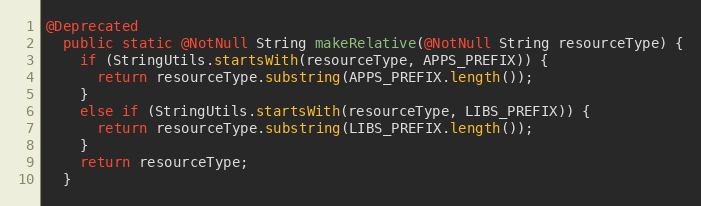
Language: Java
@Deprecated
  public static @NotNull String makeRelative(@NotNull String resourceType) {
    if (StringUtils.startsWith(resourceType, APPS_PREFIX)) {
      return resourceType.substring(APPS_PREFIX.length());
    }
    else if (StringUtils.startsWith(resourceType, LIBS_PREFIX)) {
      return resourceType.substring(LIBS_PREFIX.length());
    }
    return resourceType;
  }